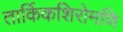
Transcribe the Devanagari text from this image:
तार्किकशिरोमणि